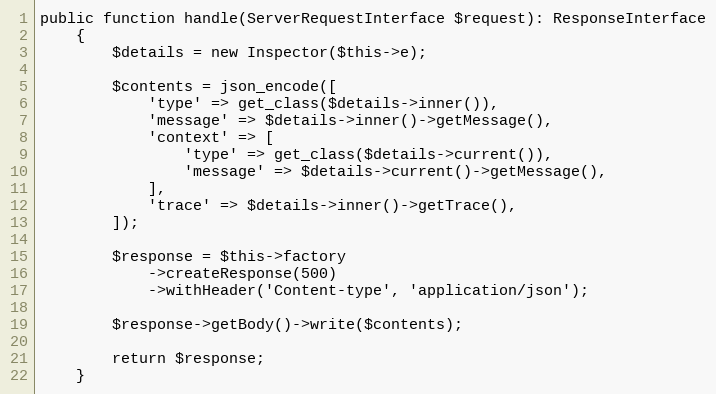
Language: PHP
public function handle(ServerRequestInterface $request): ResponseInterface
    {
        $details = new Inspector($this->e);

        $contents = json_encode([
            'type' => get_class($details->inner()),
            'message' => $details->inner()->getMessage(),
            'context' => [
                'type' => get_class($details->current()),
                'message' => $details->current()->getMessage(),
            ],
            'trace' => $details->inner()->getTrace(),
        ]);

        $response = $this->factory
            ->createResponse(500)
            ->withHeader('Content-type', 'application/json');

        $response->getBody()->write($contents);

        return $response;
    }